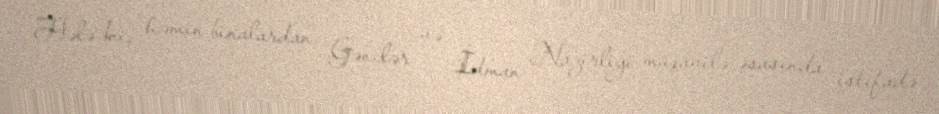
Hələ ki, həmin binalardan Gənclər və İdman Nazirliyi müqavilə əsasında istifadə